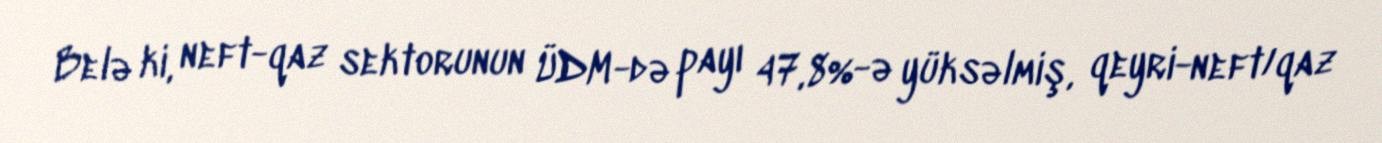
Belə ki, neft-qaz sektorunun ÜDM-də payı 47,8%-ə yüksəlmiş, qeyri-neft/qaz